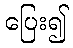
ပြေး၍